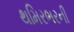
થમિરભરની